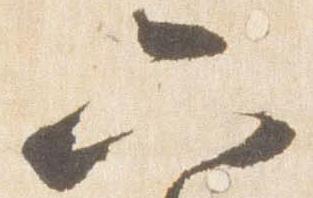
六